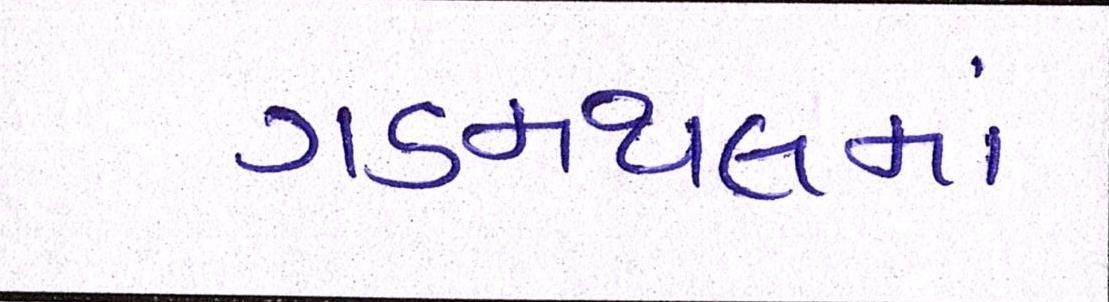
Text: ગડમથલમાં